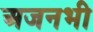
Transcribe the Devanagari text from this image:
अजनभी